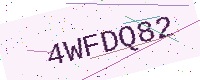
Text: 4WFDQ82